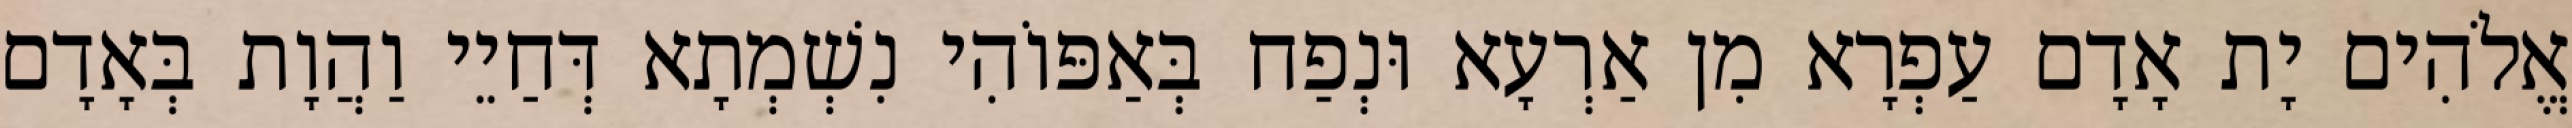
אֱלֹהִים יָת אָדָם עַפְרָא מִן אַרְעָא וּנְפַח בְּאַפּוֹהִי נִשְׁמְתָא דְּחַיֵי וַהֲוָת בְּאָדָם